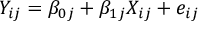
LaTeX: Y _ { i j } = \beta _ { 0 j } + \beta _ { 1 j } X _ { i j } + e _ { i j }